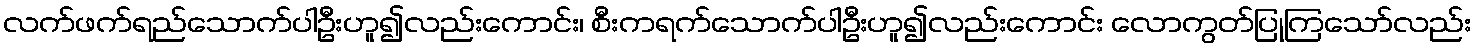
လက်ဖက်ရည်သောက်ပါဦးဟူ၍လည်းကောင်း၊ စီးကရက်သောက်ပါဦးဟူ၍လည်းကောင်း လောကွတ်ပြုကြသော်လည်း